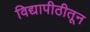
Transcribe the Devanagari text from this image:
विद्यापीठीतून